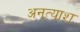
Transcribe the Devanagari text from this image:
अनत्याश